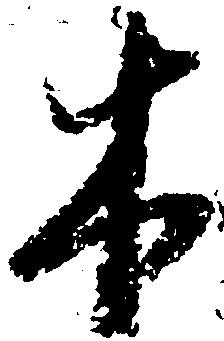
木